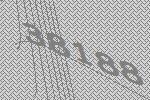
38188